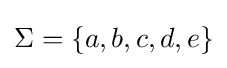
\Sigma =\{a,b,c,d,e\}